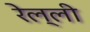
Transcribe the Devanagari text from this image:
रेल्ली